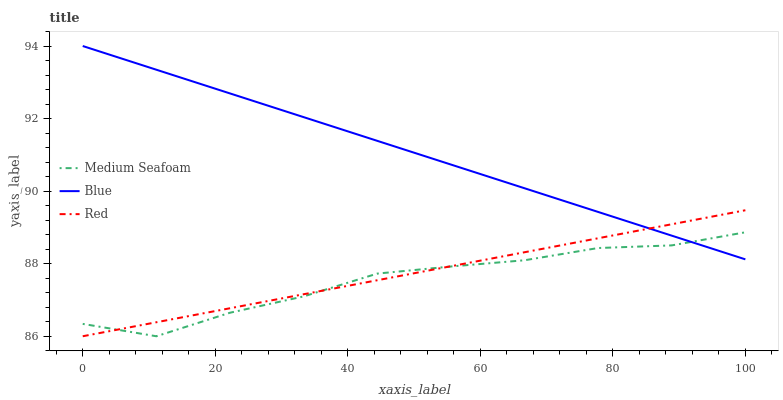
| xaxis_label | Medium Seafoam | Blue | Red |
 | --- | --- | --- | --- |
 | 0 | 86.3 | 94 | 86 |
 | 11.1 | 86 | 93.3 | 86.4 |
 | 22.2 | 86.6 | 92.7 | 86.8 |
 | 33.3 | 87.1 | 92 | 87.2 |
 | 44.4 | 87.7 | 91.4 | 87.5 |
 | 55.6 | 87.9 | 90.7 | 87.9 |
 | 66.7 | 88.1 | 90.1 | 88.3 |
 | 77.8 | 88.4 | 89.4 | 88.7 |
 | 88.9 | 88.5 | 88.8 | 89.1 |
 | 100 | 88.9 | 88.1 | 89.5 |